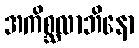
အကိစ္ဆလာဘိနော